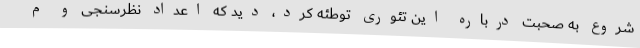
شروع به صحبت درباره این تئوری توطئه کرد، دید که اعداد نظرسنجی و م